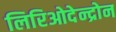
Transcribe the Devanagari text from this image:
लिरिओदेन्द्रोन